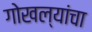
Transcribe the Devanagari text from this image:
गोखल्यांचा